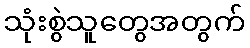
သုံးစွဲသူတွေအတွက်